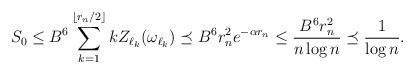
LaTeX: \begin{align*}S_0\leq B^6\sum_{k=1}^{\lfloor r_n/2\rfloor}kZ_{\ell_k}(\omega_{\ell_k})\preceq B^6r_n^2e^{-\alpha r_n}\leq\frac{B^6r_n^2}{n\log{n}}\preceq\frac{1}{\log{n}}.\end{align*}